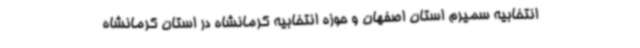
انتخابیه سمیرم استان اصفهان و حوزه انتخابیه کرمانشاه در استان کرمانشاه